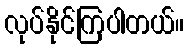
လုပ်နိုင်ကြပါတယ်။